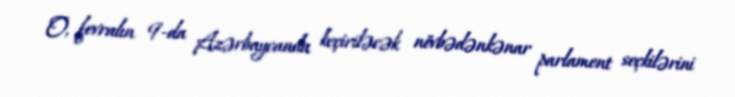
O, fevralın 9-da Azərbaycanda keçiriləcək növbədənkənar parlament seçkilərini